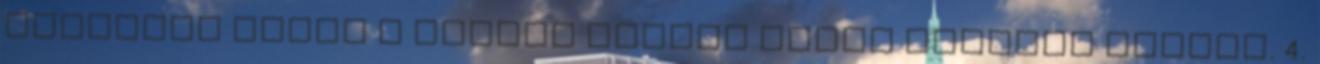
gyártója felel a termék hibája által okozott kárért. 4.